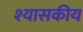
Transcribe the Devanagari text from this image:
श्यासकीय